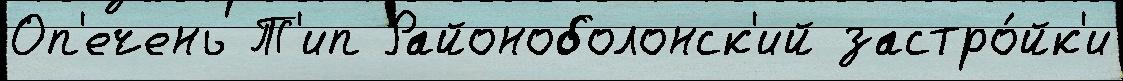
Оп'ечень Т'ип Районоболонск'ий застро́йк'и